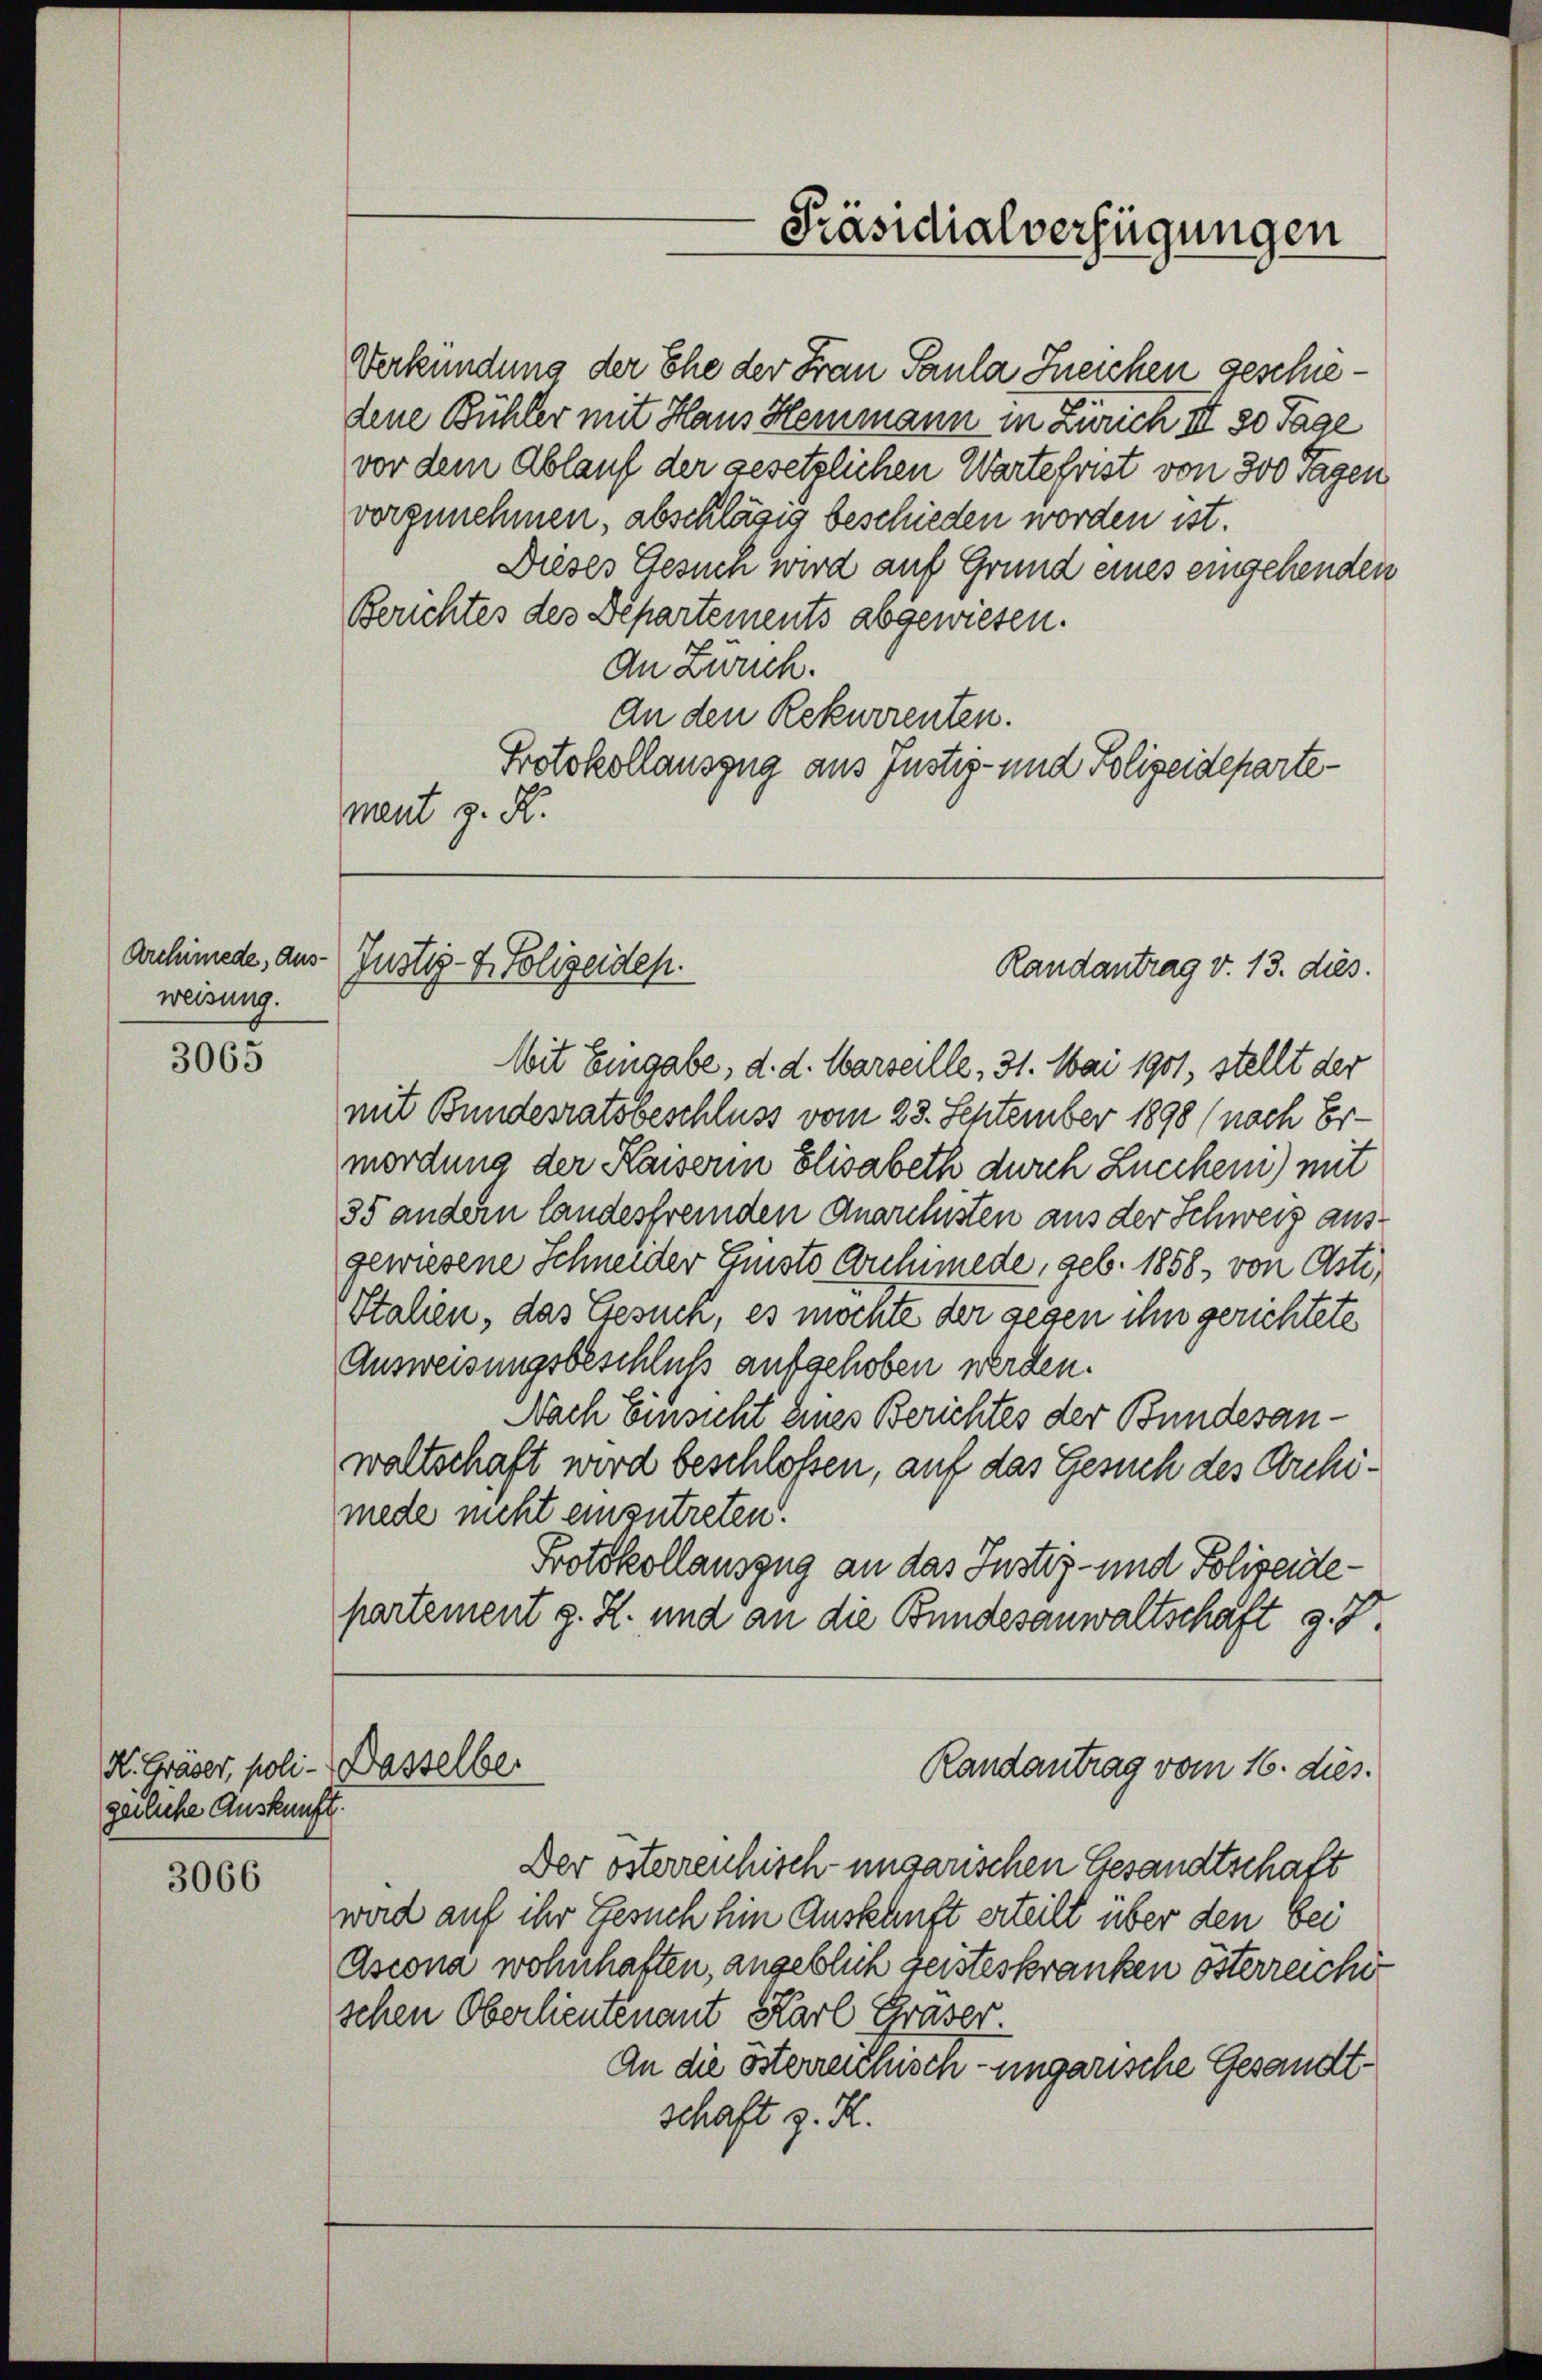
Archimede, Ausweisung.

3065

K. Gräber, poli- Dasselber
gerliche Auskunft.

3066

Verkündung der Ehe der Frau Paula Ineichen geschiedene Bühler mit Haus Hemmann in Zürich III 30 Tage
vor dem Ablauf der gesetzlichen Wartefrist von 300 Tagen
vorzunehmen, abschlägig beschieden worden ist.
Dieses Gesuch wird auf Grund eines eingehenden
Berichtes des Departements abgewiesen.
An Zürich.
An den Rekurrenten.
Protokollauszug aus Justiz- und Polizeideparte¬
Mit Eingabe, d. d. Warseille, 31. Mai 1901, stellt der
mit Bundesratsbeschluss vom 23. September 1898 (nach Ermordung der Kaiserin Elisabeth durch Zucchen) mit
35 andern landesfremden Anarchisten aus der Schweiz aus-
gewiesene Schneider Geists Archimede, geb. 1858, von Oste,
Italien, das Gesuch, es möchte der gegen ihn gerichtete
Ausweisungsbeschluß aufgehoben werden.
Nach Einsicht eines Berichtes der Bundesanwaltschaft wird beschlossen, auf das Gesuch des Archimede nicht einzutreten.
Protokollauszug an das Justiz- und Polizeitepartement z. Z. und an die Bundesanwaltschaft g. T.
Randantrag vom 16. dies.
Der österrenhisch-ungarischen Gesandtschaft
wird auf ihr Gesuch hin Auskunft erteilt über den bei
Ascona wohnhaften, angeblich geisteskranken österreicht
schen Oberlieutenant Karl Graser.
An die österreiche eine sehr ungarische Gesandtschaft z. R.

ment z. K.

Justiz- & Polizeiden.
Randantrag v. 13. dies.

Präsidialverfügungen